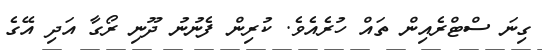
ގިނަ ސްޓްރެއިން ތައް ހުރެއެވެ. ކުރިން ފެނުނު ދޫނި ރޯގާ އަދި އޭގެ